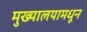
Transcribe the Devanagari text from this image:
मुख्यालयामधून